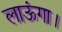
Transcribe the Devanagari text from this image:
लाऊंगा।